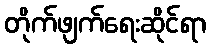
တိုက်ဖျက်ရေးဆိုင်ရာ